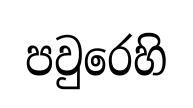
පවුරෙහි